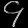
Digit: ၄